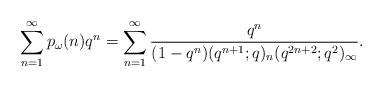
LaTeX: \begin{align*}\sum\limits_{n=1}^{\infty}p_{\omega}(n)q^n=\sum\limits_{n=1}^{\infty}\frac{q^n}{(1-q^n)(q^{n+1};q)_{n}(q^{2n+2};q^2)_{\infty}}.\end{align*}